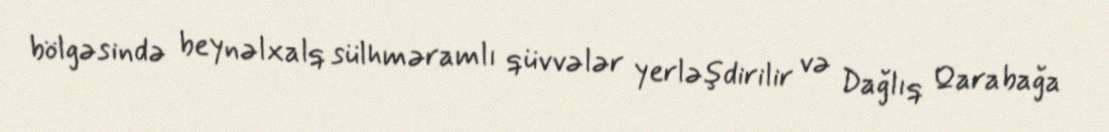
bölgəsində beynəlxalq sülhməramlı qüvvələr yerləşdirilir və Dağlıq Qarabağa